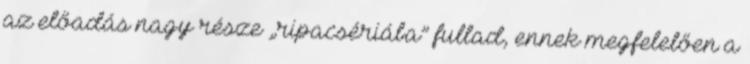
az előadás nagy része „ripacsériába” fullad, ennek megfelelően a